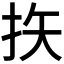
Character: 𪭨